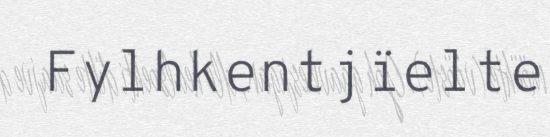
Fylhkentjïelte